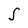
Character: S